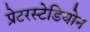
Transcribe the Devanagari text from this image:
प्रेटरस्टेडियोन